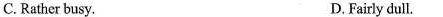
C. Rather busy. D.Fairly dull.